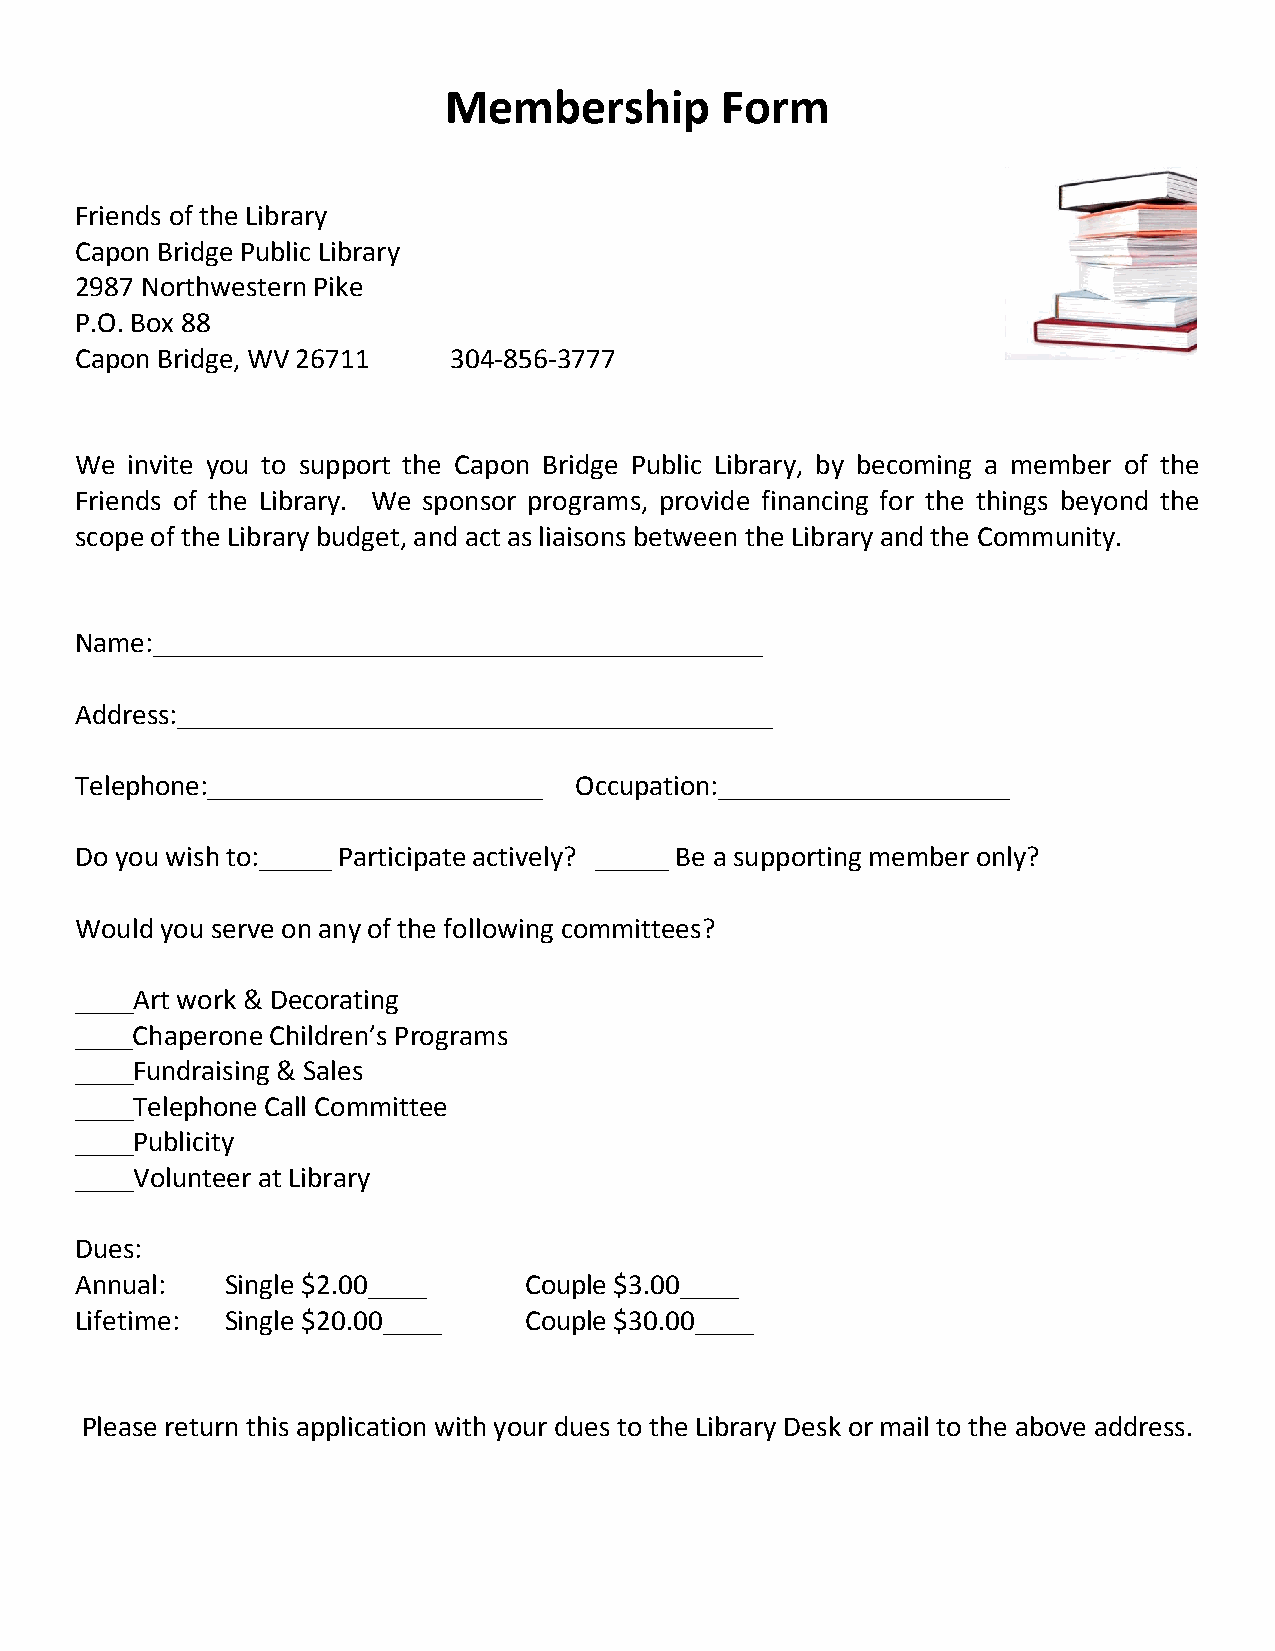
Membership         Form
 Friends of the Library
 Capon Bridge Public Library
 2987 Northwestern Pike
 P.O. Box 88
 Capon Bridge, WV 26711   304-856-3777
 We invite you to support the Capon Bridge Public Library, by becoming a member of the
 Friends of the Library. We sponsor programs, provide financing for the things beyond the
 scope of the Library budget, and act as liaisons between the Library and the Community.
 Name:__________________________________________
 Address:_________________________________________
 Telephone:_______________________ Occupation:____________________
 Do you wish to:_____ Participate actively? _____ Be a supporting member only?
 Would you serve on any of the following committees?
 ____Art work & Decorating
 ____Chaperone Children’s Programs
 ____Fundraising & Sales
 ____Telephone Call Committee
 ____Publicity
 ____Volunteer at Library
 Dues:
 Annual:   Single $2.00____    Couple $3.00____
 Lifetime: Single $20.00____   Couple $30.00____
 Please return this application with your dues to the Library Desk or mail to the above address.